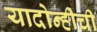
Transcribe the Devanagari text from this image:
यादोन्हीची